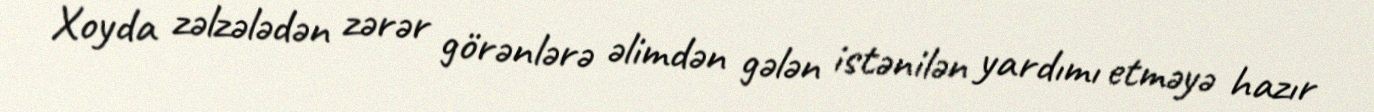
Xoyda zəlzələdən zərər görənlərə əlimdən gələn istənilən yardımı etməyə hazır